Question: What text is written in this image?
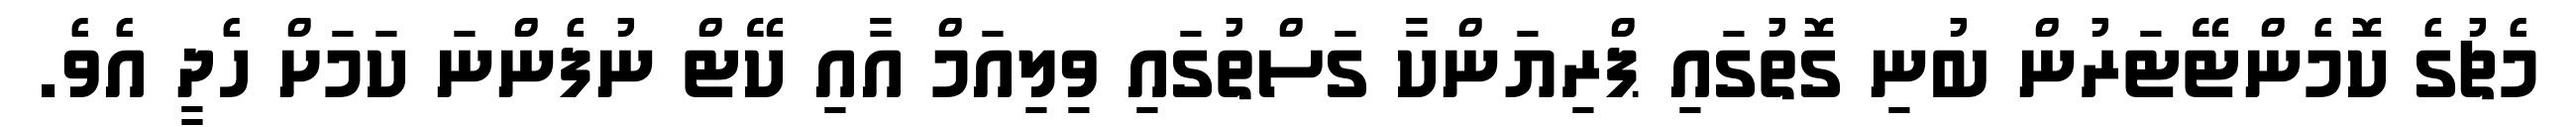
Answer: މެޗުގެ ކޮމެންޓޭޓަރުން ބުނި ގޮތުގައި ޕްރިޔަންކާ ގަސްތުގައި ވިލިއަމް އާއި ކޭޓް ނުފެންނަ ކަމަށް ހެދީ އެވެ.